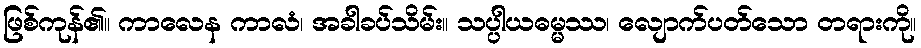
ဖြစ်ကုန်၏။ ကာလေန ကာလံ၊ အခါခပ်သိမ်း။ သပ္ပါယဓမ္မဿ၊ လျောက်ပတ်သော တရားကို။